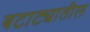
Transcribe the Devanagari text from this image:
बटाट्यातील